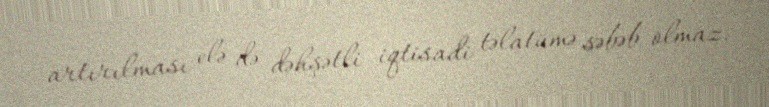
artırılması elə də dəhşətli iqtisadi təlatümə səbəb olmaz.